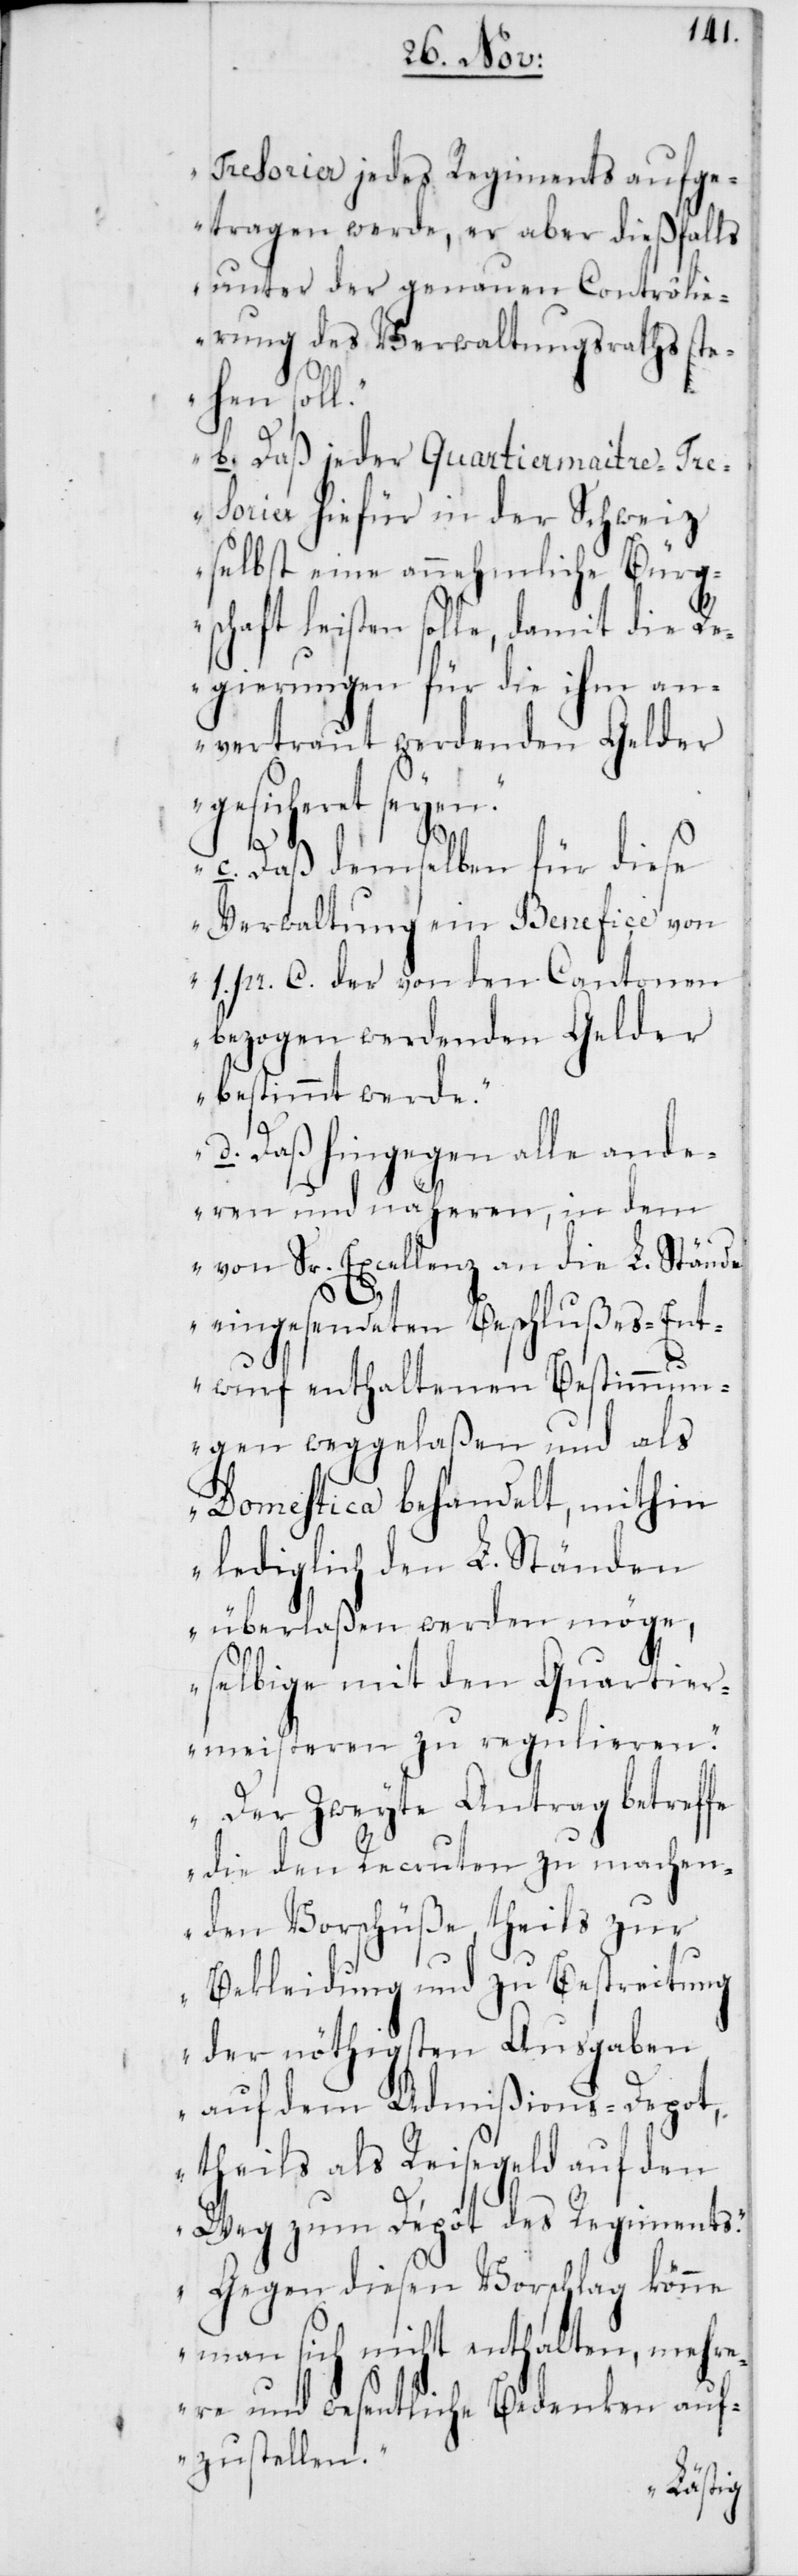
Tresorier jedes Regiments aufge¬
tragen werde, er aber dießfalls
unter der genauen Contrôlie¬
rung des Verwaltungsraths st¬
ehen sol¬
l.“
„b. Daß jeder Quartiermaitre-Tre¬
sorier hiefür in der Schweiz
selbst eine annehmliche Bürg¬
schaft leisten solle, damit die Re¬
gierungen, für die ihm an¬
vertraut werdenden Gelder
gesicheret seyen.“
„c. Daß demselben für diese
Verwaltung ein Benefice von
1. pr. C. der von den Cantonen
bezogen werdenden Gelder
bestimmt werde.“
„d. Daß hingegen alle ande¬
ren und näheren, in dem
von Sr. Excellenz an die L. Stände
eingesendeten Beschlußes-Ent¬
wurf enthaltenen Bestimmun¬
gen weggelaßen und als
Domestica behandelt, mithin
lediglich den L. Ständen
überlaßen werden möge,
selbige mit den Quartier¬
meisteren zu regulieren.“
„Der zweite Antrag betreffe
die den Recruten zu machen¬
den Vorschüße, theils zur
Bekleidung und zu Bestreitung
der nöthigsten Ausgaben
auf dem Admißions-Depot,
theils als Reisegeld auf den
Weg zum Dépôt des Regiments.“
„Gegen diesen Vorschlag könne
man sich nicht enthalten, mehre¬
re und wesentliche Bedenken auf¬
zustellen.“